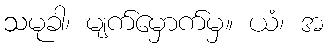
သမုခါ၊ မျက်မှောက်မှ။ ယံ၊ အ